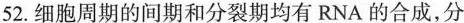
52.细胞周期的间期和分裂期均有RNA的合成，分